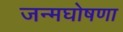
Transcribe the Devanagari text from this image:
जन्मघोषणा